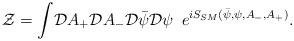
LaTeX: \begin{align*}{\cal Z }= {\displaystyle \int} {\cal D} A_+{\cal D} A_-{\cal D}{\bar \psi}{\cal D} \psi \,\,\, {\displaystyle e}^{iS_{SM} ( {\bar \psi}, \psi,A_-, A_+)}. \end{align*}